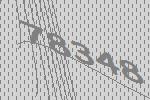
78348